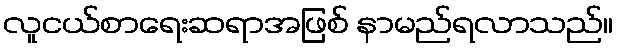
လူငယ်စာရေးဆရာအဖြစ် နာမည်ရလာသည်။